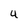
Character: 4